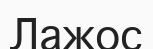
Лажос